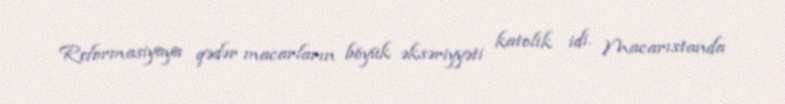
Reformasiyaya qədər macarların böyük əksəriyyəti katolik idi. Macarıstanda